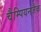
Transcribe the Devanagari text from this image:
चैम्पियनजैक